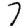
Digit: 7